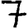
Digit: 7